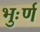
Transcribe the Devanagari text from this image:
भुःर्ण